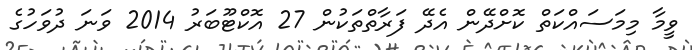
ވީމާ މިމަސައްކަތް ކޮށްދޭން އެދޭ ފަރާތްތަކުން 27 އޮކްޓޫބަރު 2014 ވަނަ ދުވަހުގެ